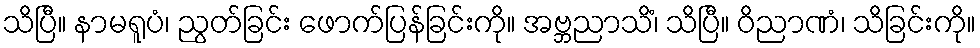
သိပြီ။ နာမရူပံ၊ ညွတ်ခြင်း ဖောက်ပြန်ခြင်းကို။ အဗ္ဘညာသိံ၊ သိပြီ။ ဝိညာဏံ၊ သိခြင်းကို။